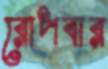
রোপবার